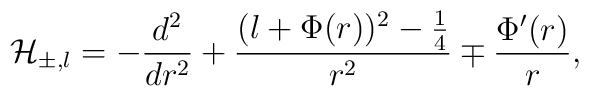
{\cal H}_{\pm,l} = -\displaystyle\frac{d^2}{dr^2} + \displaystyle\frac{(l +\Phi(r))^2 - \frac{1}{4}}{r^2} \mp \displaystyle\frac{\Phi'(r)}{r},